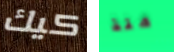
كيك منذ